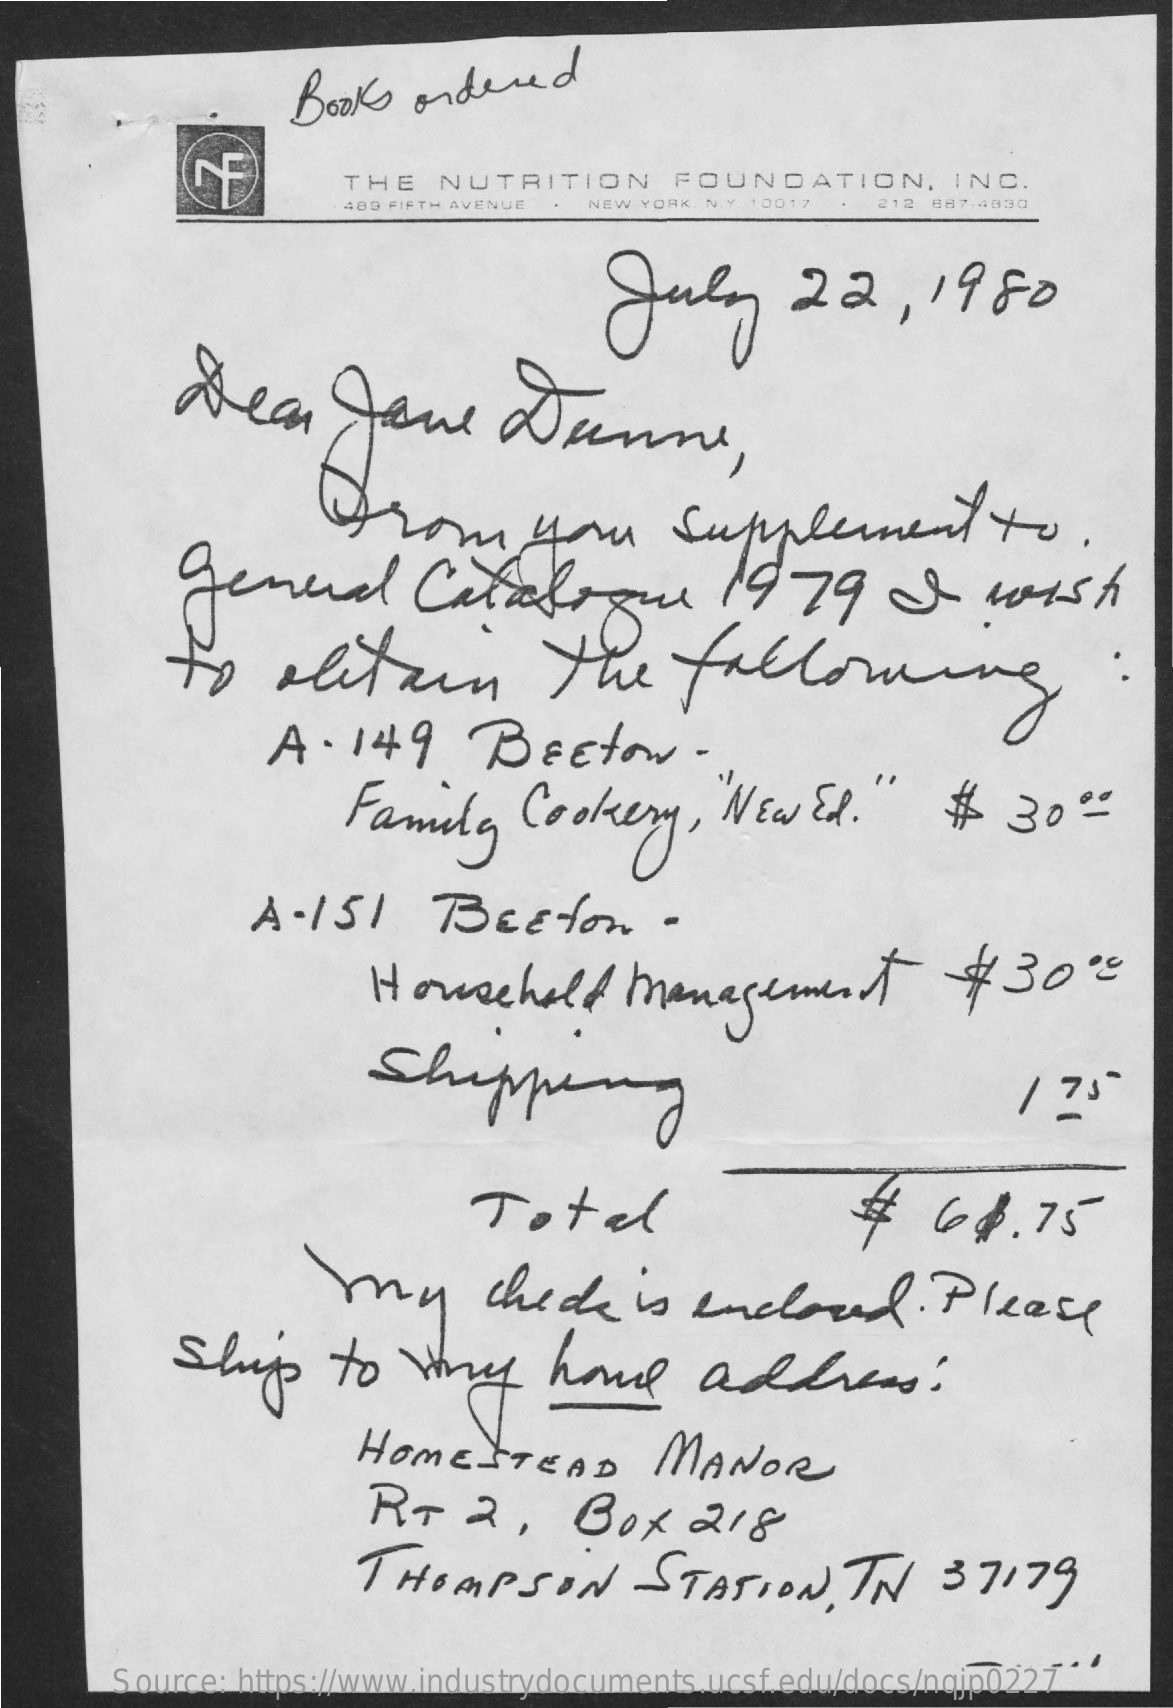
Book   ordered
     THE   NUTRITION    FOUNDATION,    INC.
     489 FIFTH AVENUE NEW YORK, N.Y. 10017 212 887-4030
     July    22,    1980
     Ala    Joue    Duenne,
     From    your    supplement    to.
     general    Catalogue    1979    I    wish
     to    alitain    the    following    :
     A  . 149   BEEtow    -
     Family    Cookery,    NEW   Ed."    #   30"
     A - 151    Beefon    -
     Household    management    $  30.
     shopping
     Total    #  6$.75
     my    chede    is  enclosed.    Please
     Ship    to   try    home    address?
     HOMESTEAD    MANOR
     RT    2,    Box    218
     THOMPSON    STATION,    TN   37179
     Source: https://www.industrydocuments.ucsf.edu/docs/nqjp0227